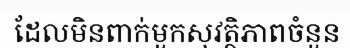
ដែលមិនពាក់មួកសុវត្ថិភាពចំនួន